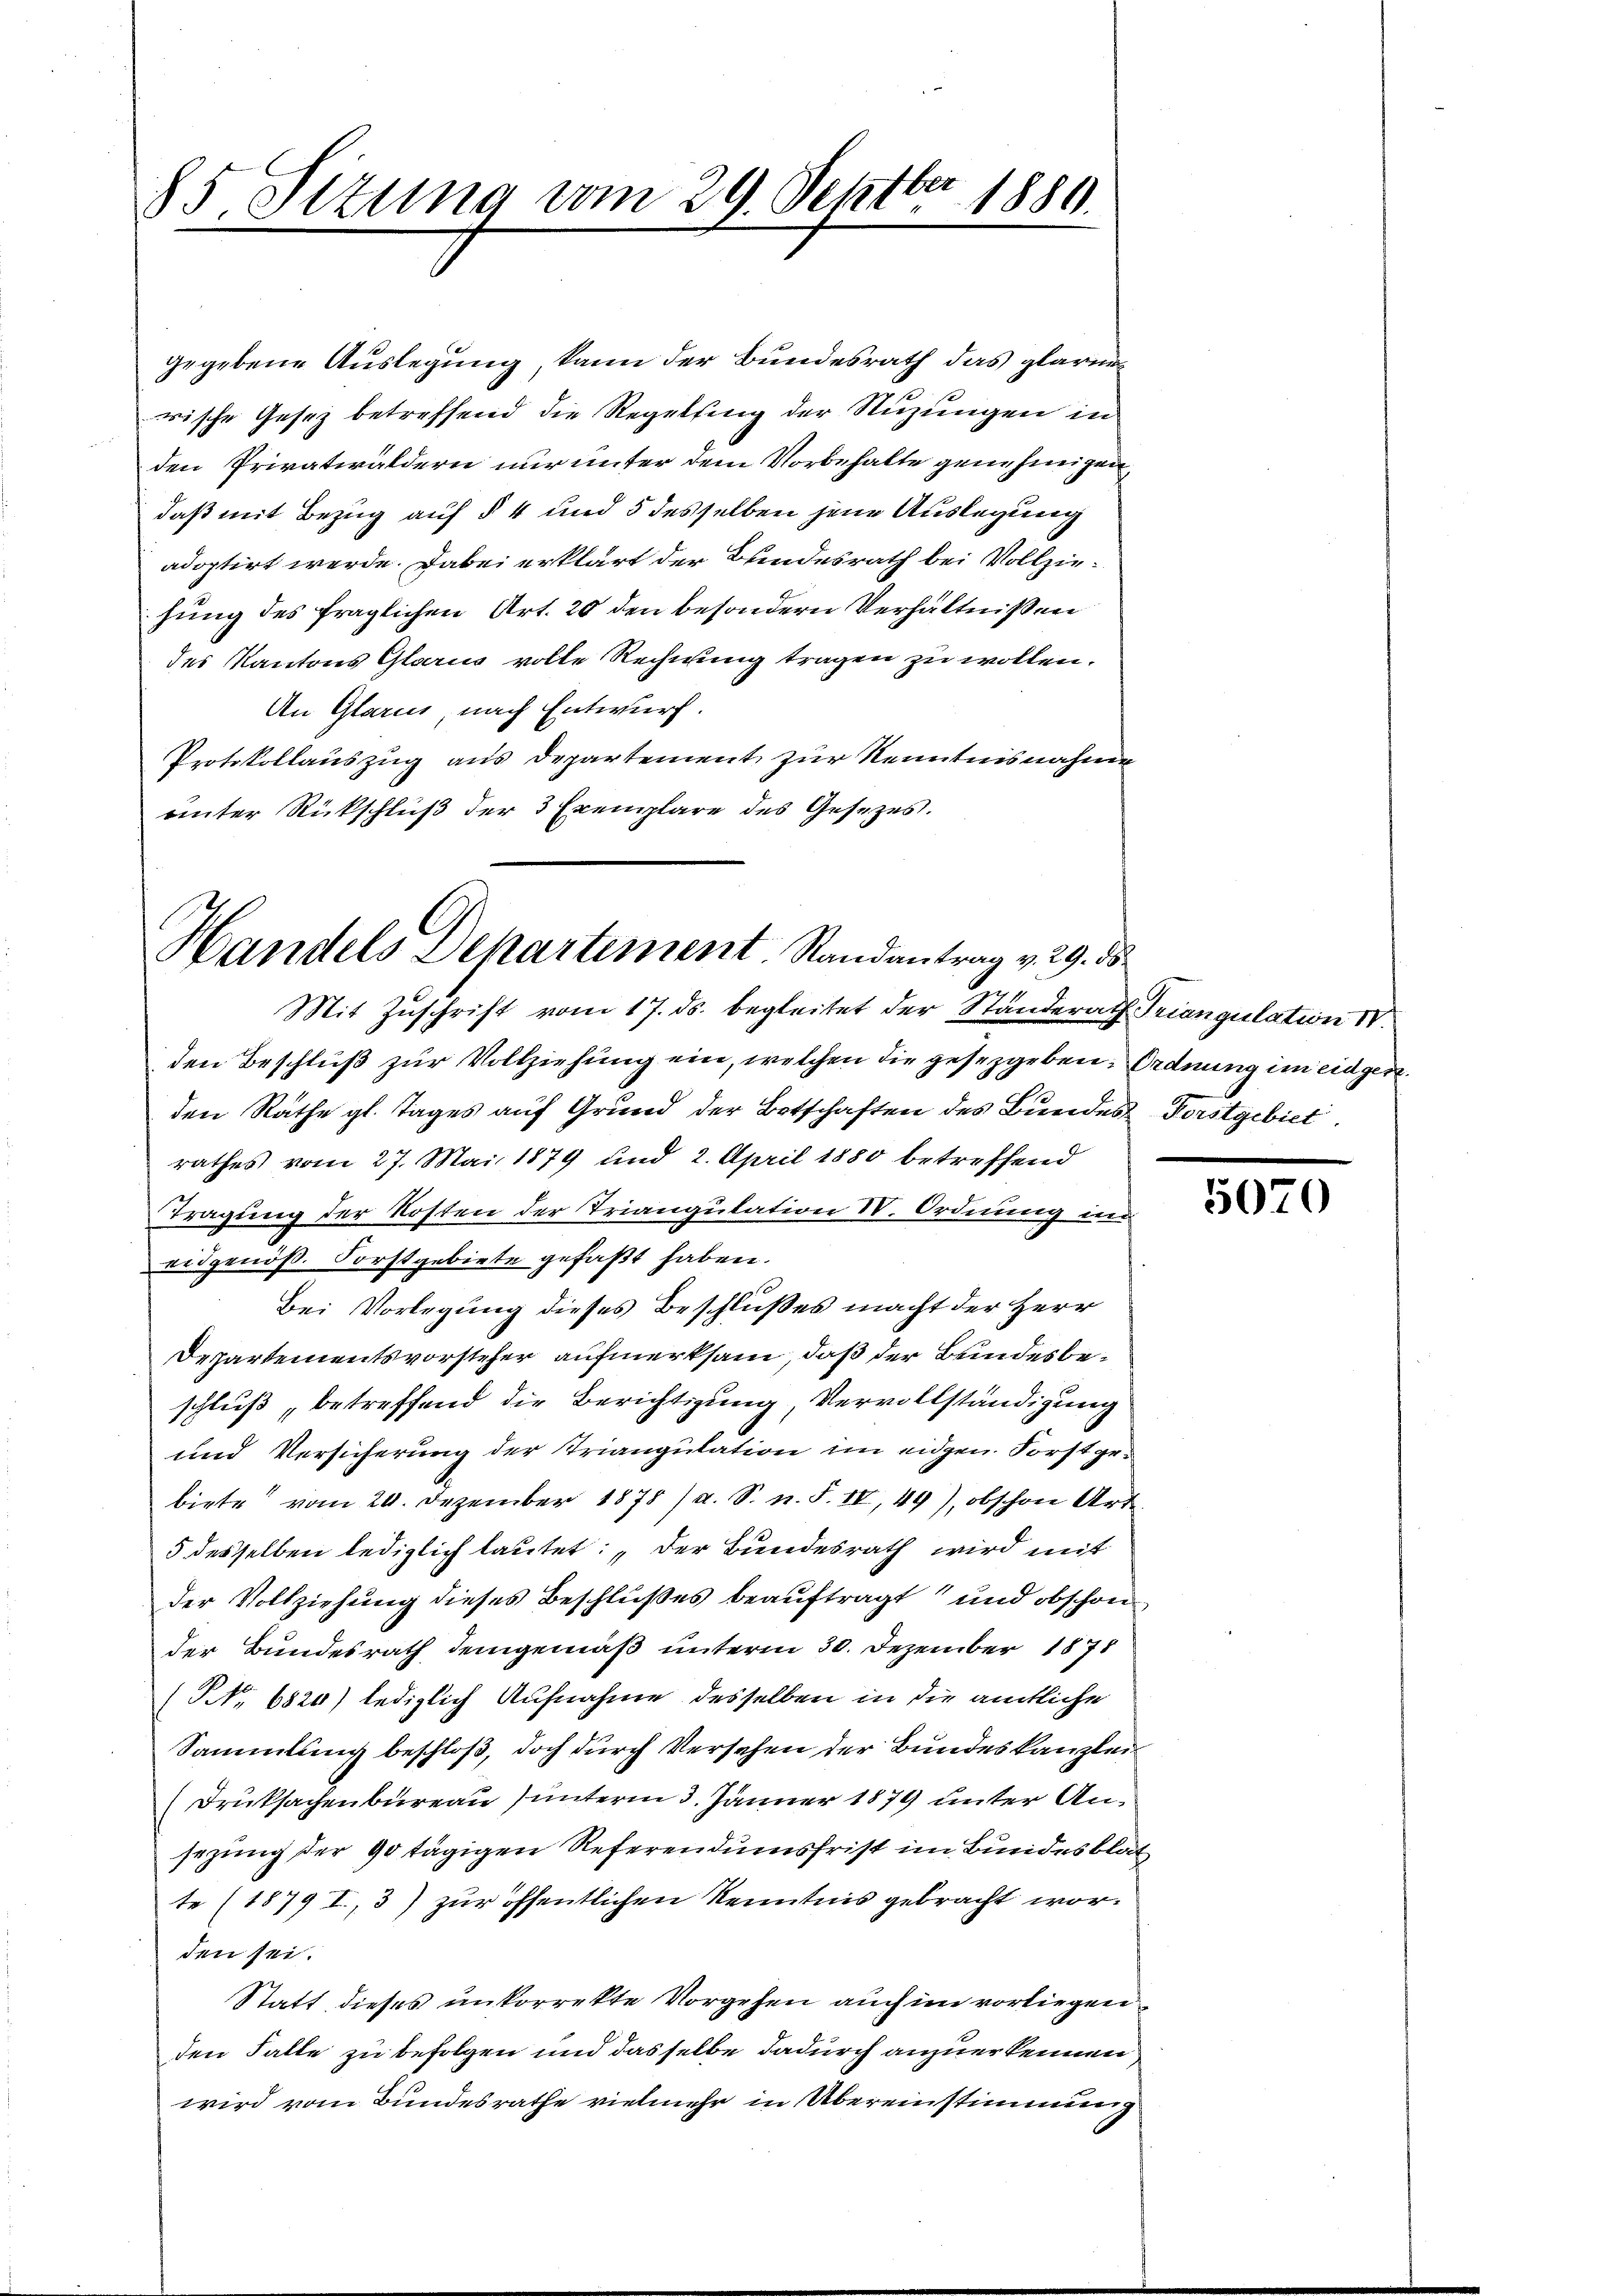
85 Sitzung vom 29. Septbr. 1886.

gegebene Auslegung, kann der Bundesrath das glaria
rische Gesez betreffend die Regeltung der Suzungen in
den Privatwaldern nur unter dem Vorbehalte genehmigen,
daß mit Bezug auf § 4 und 5 desselben jene Auslegung
adoptirt werde. Dabei erklärt der Bundesrath bei Vollziehung des fraglichen Art. 20 den besondern Verhältnißen
des Kantons Glarus volle Rechnung tragen zu wollen.
An Glarus, nach Entwurf.
Protokollauszug aus Departement zur Kenntnisnahmen
unter Rückschluß der 3 Exemplare des Gesetzes.

Handels Departement. Randantrag v. 29. ds
Mit Zŭschrift vom 17. ds. begleitet der Standerath Triangulation IV.

den Beschluß zur Vollziehung ein, welchen die gesezgeben, Ordnung im eidgen.
den Räthe gl. Tages auf Grund der Botschaften des Bundes Forstgebiet
rathes vom 27. Mai 1879 und 2. April 1880 betreffend
Tragung der Kosten der Triangulation IV. Ordnung im
eidgenöß. Forstgebiete gefaßt haben.
Bei Vorlegung dieses Beschlußes macht der Herr
Departementsvorsteher aufmerksam, daß der Bundesbeschluß, betreffend die Berichtigung, Vervollständigung
und Versicherung der Triangulation im eidgen. Forstgebiete vom 20. Dezember 1878 / a. S. n. F. II, 49), obschon Art
5 desselben lediglich lautet: „Der Bundesrath wird mit
der Vollziehung dieses Beschlußes beauftragt und obschon
der Bundesrath demgemäß unterm 30. Dezember 1878
(Nr. 6820) lediglich Aufnahme desselben in die amtliche
Sammlung beschloß, doch durch Versehen der Bundeskanzlei
(Druksachenbureau) unterm 3. Jänner 1879 unter Ansezung der 90 tägigen Referendumsfrist im Bundesblat
te (1879 I., 3) zur öffentlichen Kenntnis gebracht worden sei.
Statt dieses unkorrekte Vorgehen auch im vorliegen
den Falle zu befolgen und dasselbe dadurch anzuerkennen
wird vom Bundesrathe vielmehr in Übereinstimmung

5070